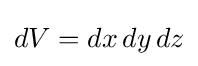
dV=dx\,dy\,dz